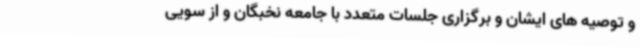
و توصیه ‌های ایشان و برگزاری جلسات متعدد با جامعه نخبگان و از سویی